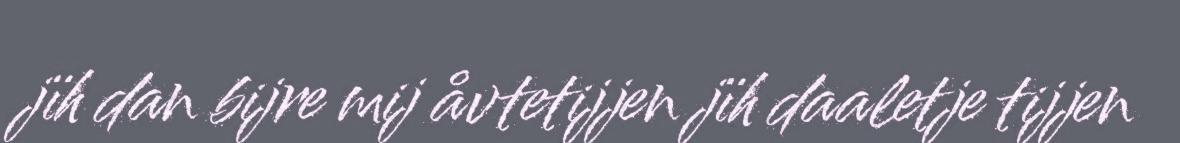
jïh dan bijre mij åvtetijjen jïh daaletje tijjen